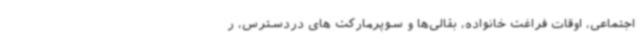
اجتماعی، اوقات فراغت خانواده، بقالی‌ها و سوپرمارکت های دردسترس، ر